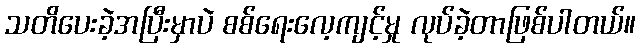
သတိပေးခဲ့အပြီးမှာပဲ စစ်ရေးလေ့ကျင့်မှု လုပ်ခဲ့တာဖြစ်ပါတယ်။